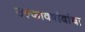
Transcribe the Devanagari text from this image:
उल्कावर्षावांचा